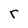
Character: r